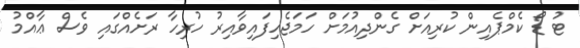
ޓު ޑޯ ކެމްޕެއިން ކުރިއަށް ގެންދިއުމަށް ހަމަޖެހިފައިވާއިރު ހުރިހާ ރަށެއްގައި ވެސް ޢާއްމު